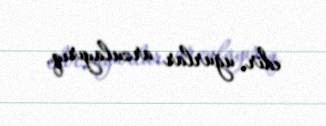
edir, uğurlar arzulayırıq.